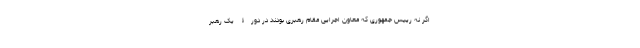
اگر نه رییس جمهوری که معاون اجرایی مقام رهبری بودند در دورۀ یک رهبر